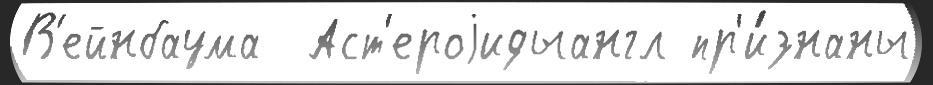
В'ейнбаума  Аст'ероjидыангл пр'и́знаны